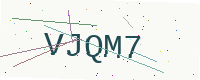
Text: VJQM7